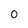
Character: 0